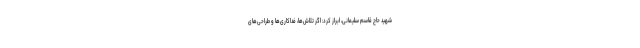
شهید حاج قاسم سلیمانی، ابراز کرد: اگر تلاش‌ها، فداکاری‌ها و طراحی‌های